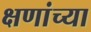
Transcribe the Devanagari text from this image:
क्षणांच्या